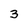
Character: 3